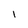
Character: l